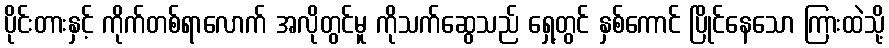
ပိုင်းတားနှင့် ကိုက်တစ်ရာလောက် အလိုတွင်မူ ကိုသက်ဆွေသည် ရှေ့တွင် နှစ်ကောင် ပြိုင်နေသော ကြားထဲသို့